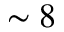
\sim 8